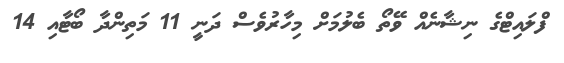
ފްލައިޓްގެ ނިޝާނެއް ވޭތޯ ބެލުމަށް މިހާރުވެސް ދަނީ 11 މަތިންދާ ބޯޓާއި 14